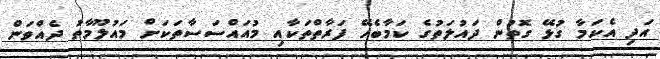
އަދި އެކަމާ ގުޅޭ ގޮތުން ދައުލަތުގެ ކަމާބެހޭ ފަރާތްތަކާއި މުއައްސަސާތަކަށް މައުލޫމާތު ދެއްވަން